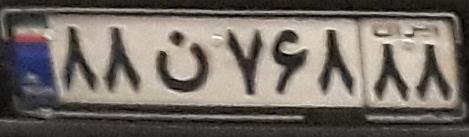
۸۸ن۷۶۸۸۸